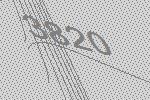
3820